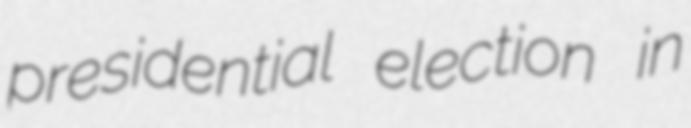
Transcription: presidential election in